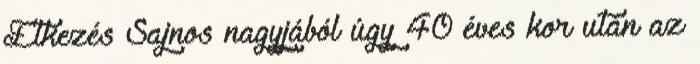
Étkezés Sajnos nagyjából úgy 40 éves kor után az